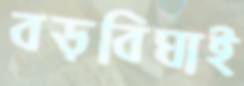
বড়বিঘাই